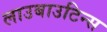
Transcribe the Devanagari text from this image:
लाउबाउटिन्स